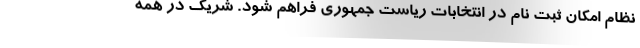
نظام امکان ثبت نام در انتخابات ریاست جمهوری فراهم شود. شریک در همه